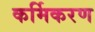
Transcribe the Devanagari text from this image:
कर्मिकरण